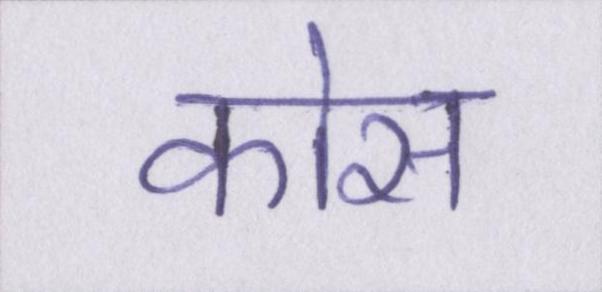
कोस